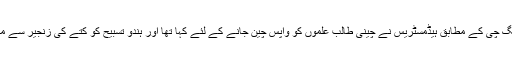
وی مینگ چی کے مطابق ہیڈمسٹریس نے چینی طالب علموں کو واپس چین جانے کے لئے کہا تھا اور ہندو تسبیح کو کتے کی زنجیر سے ملایا تھا۔